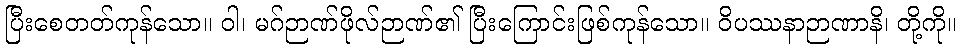
ပြီးစေတတ်ကုန်သော။ ဝါ၊ မဂ်ဉာဏ်ဖိုလ်ဉာဏ်၏ ပြီးကြောင်းဖြစ်ကုန်သော။ ဝိပဿနာဉာဏာနိ၊ တို့ကို။